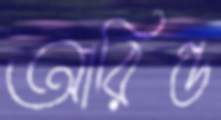
আরিল্ড